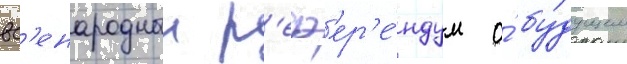
вс'енародныи р'еф'ер'е́ндум о́ бу́дущем